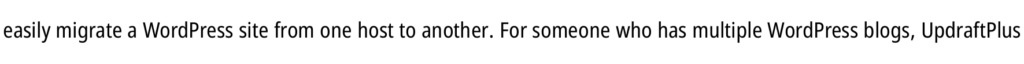
easily migrate a WordPress site from one host to another. For someone who has multiple WordPress blogs, UpdraftPlus